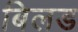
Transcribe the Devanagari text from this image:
बिलड